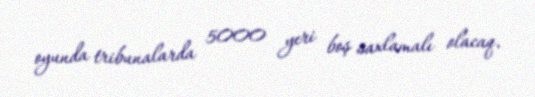
oyunda tribunalarda 5000 yeri boş saxlamalı olacaq.